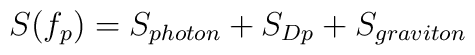
S(f_p) = S_{photon}+ S_{Dp}+ S_{graviton}